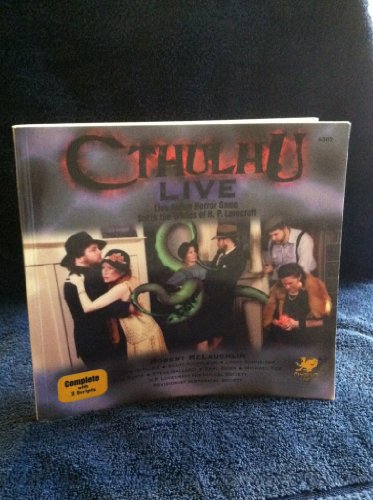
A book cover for Cthulhu Live: Live Action Horror Game Set in the Worlds of H.P. Lovecraft; Robert MacLaughlin; Science Fiction & Fantasy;